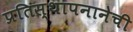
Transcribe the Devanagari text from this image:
प्रतिस्थापनानेची